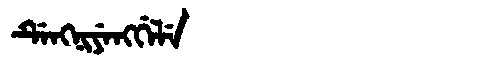
Manchu: ᡩᡝᠩᠨᡳᠶᡝᠩᡤᡝᠯᡝ
Romanization: DENGNIYENGGELE